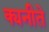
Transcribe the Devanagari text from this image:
क्यनीते